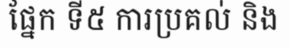
ផ្នែក ទី៥ ការប្រគល់ និង